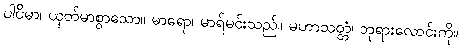
ပါပိမာ၊ ယုတ်မာစွာသော။ မာရော၊ မာရ်မင်းသည်။ မဟာသတ္တံ၊ ဘုရားလောင်းကို။